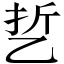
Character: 乴